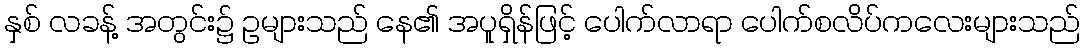
နှစ် လခန့် အတွင်း၌ ဥများသည် နေ၏ အပူရှိန်ဖြင့် ပေါက်လာရာ ပေါက်စလိပ်ကလေးများသည်